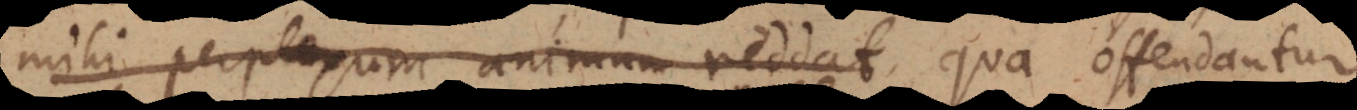
mihi perplexum animum reddat, qua offendantur